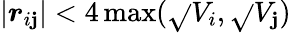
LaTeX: \left|\boldsymbol{r}_{i\mathbf{j}}\right|<4\operatorname*{max}(\sqrt{}{{V_{i}}},\sqrt{}{{V_{\mathbf{j}}}})